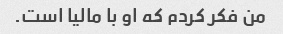
من فکر کردم که او با مالیا است.